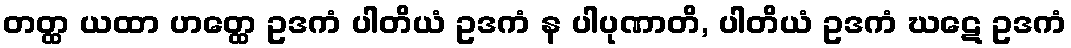
တတ္ထ ယထာ ဟတ္ထေ ဥဒကံ ပါတိယံ ဥဒကံ န ပါပုဏာတိ, ပါတိယံ ဥဒကံ ဃဋေ ဥဒကံ